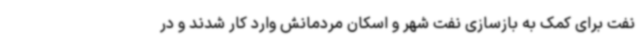
نفت برای کمک به بازسازی نفت شهر و اسکان مردمانش وارد کار شدند و در